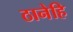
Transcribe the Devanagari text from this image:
ठानेहि